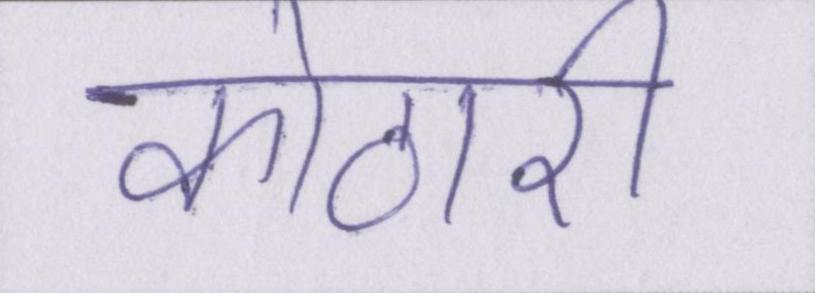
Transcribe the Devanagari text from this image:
कोठारी